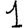
Digit: 1